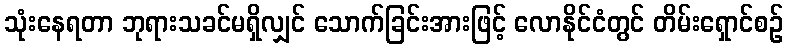
သုံးနေရတာ ဘုရားသခင်မရှိလျှင် သောက်ခြင်းအားဖြင့် လောနိုင်ငံတွင် တိမ်းရှောင်စဉ်